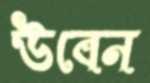
উবেন